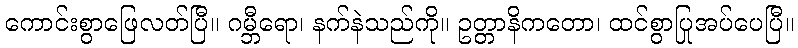
ကောင်းစွာဖြေလတ်ပြီ။ ဂမ္ဘီရော၊ နက်နဲသည်ကို။ ဥတ္တာနိကတော၊ ထင်စွာပြုအပ်ပေပြီ။